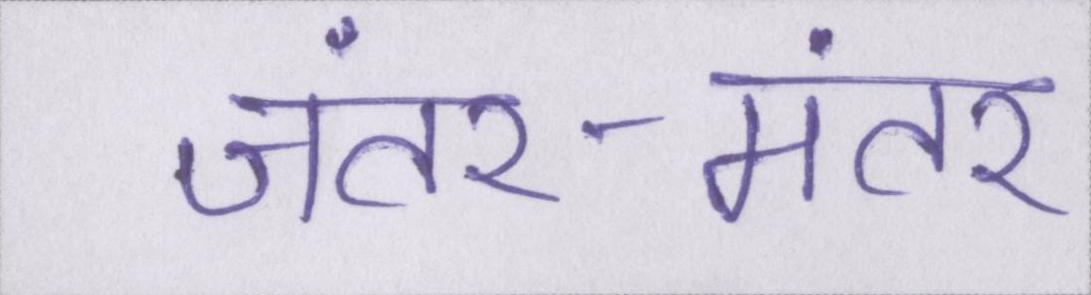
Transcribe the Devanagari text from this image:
जंतर-मंतर